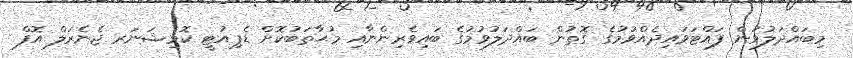
މިބައްދަލުވުން ފައްޓަވައިދެއްވުމުގެ ގޮތުން ބައްދަލުވުމުގެ ބައިވެރިންނާއި މުޙާތަބުކޮށް ޑެޕިއުޓީ ކޮމިޝަނަރ ޖެނެރަލް އޮފް